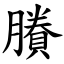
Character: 賸